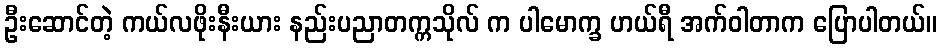
ဦးဆောင်တဲ့ ကယ်လဖိုးနီးယား နည်းပညာတက္ကသိုလ် က ပါမောက္ခ ဟယ်ရီ အက်ဝါတာက ပြောပါတယ်။